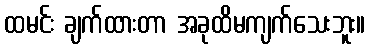
ထမင်း ချက်ထားတာ အခုထိမကျက်သေးဘူး။